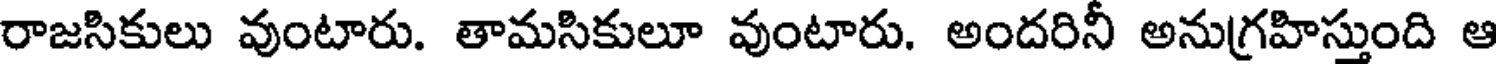
రాజసికులు వుంటారు. తామసికులూ వుంటారు. అందరినీ అనుగ్రహిస్తుంది ఆ